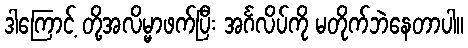
ဒါကြောင့် တို့အလိမ္မာဖက်ပြီး အင်္ဂလိပ်ကို မတိုက်ဘဲနေတာပါ။